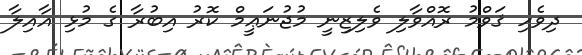
ދިވެހި ޤަވްމު ރޮއްވާލި ވެލިޒިނީ މުޖުނަޢީމް ކޮރު އިބުރާ ގެ މުޅި އާއިލާ